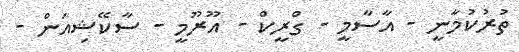
ތުރުކުމާނީ - އާސާމީ - ގްރީކް - އޫރޫމީ - ސާކޭޝިއަން -